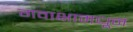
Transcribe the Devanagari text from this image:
गवाक्षामधून